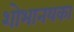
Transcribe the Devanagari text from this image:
शोभानयका